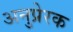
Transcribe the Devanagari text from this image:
अनुप्रेरक